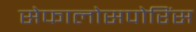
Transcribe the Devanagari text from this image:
सेफालोसपोरिंस